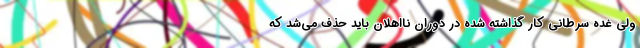
ولی غده سرطانی کار گذاشته شده در دوران نااهلان باید حذف می‌شد که